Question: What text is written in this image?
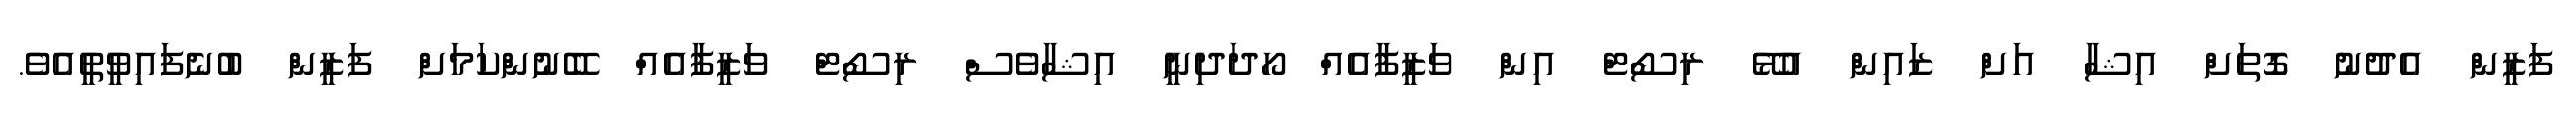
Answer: ފަޒީން އެދުނު ގޮތަށް އިޝާ އަށް ޒައިން އުޅޭ ރިސޯޓް އިން ވަޒީފާއެއް ހޯދަދިނީ އިޝާވެސް ރިސޯޓް ވަޒީފާއެއް ބޭނުންކަމަށް ފަޒީން ބުނެފައިވީތީއެވެ.